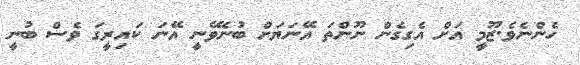
ހެންނެވެ.ޒޫމީ އަށް އެގިގެން ނޫންތަ އޭނަޔަށް ބުނެވޭނީ އޭނަ ކައިރީގަ ވެސް ބުނީ